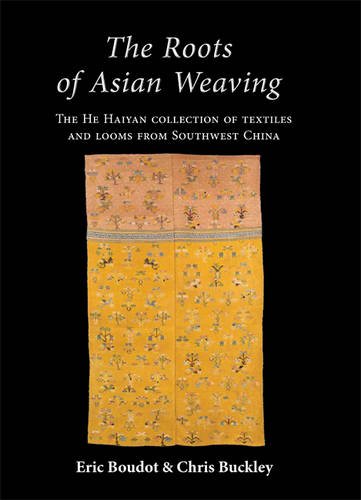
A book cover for The Roots of Asian Weaving: The He Haiyan collection of textiles and looms from Southwest China; Eric Boudot; Crafts, Hobbies & Home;